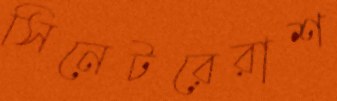
সিনেটরেরাশ